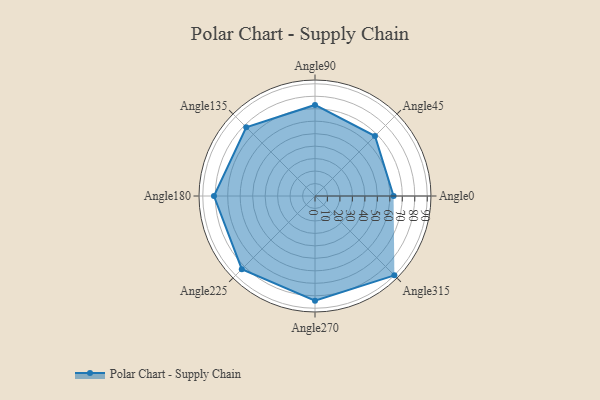
{"axis": {"x": "Angle", "y": "Radius"}, "legend": [""], "data": [{"x": "Angle0", "y": 63.0, "type": ""}, {"x": "Angle45", "y": 68.0, "type": ""}, {"x": "Angle90", "y": 73.0, "type": ""}, {"x": "Angle135", "y": 78.0, "type": ""}, {"x": "Angle180", "y": 81.0, "type": ""}, {"x": "Angle225", "y": 83.0, "type": ""}, {"x": "Angle270", "y": 84.0, "type": ""}, {"x": "Angle315", "y": 90.0, "type": ""}]}